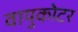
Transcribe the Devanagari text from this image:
वायुकोटर